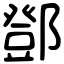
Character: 鄧